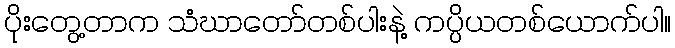
ပိုးတွေ့တာက သံဃာတော်တစ်ပါးနဲ့ ကပ္ပိယတစ်ယောက်ပါ။